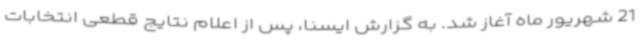
21 شهریور ماه آغاز شد. به گزارش ایسنا، پس از اعلام نتایج قطعی انتخابات